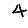
Digit: 4